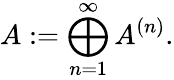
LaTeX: A:=\bigoplus_{n=1}^{\infty}A^{(n)}.